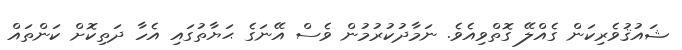
ޝައުޤުވެރިކަން ގެއްލޭ ގޮތްވިއެވެ. ނަމާދުކުރުމުން ވެސް އޭނަގެ ޙަޔާތުގައި އެހާ ދަތިކޮށް ކަންތައް